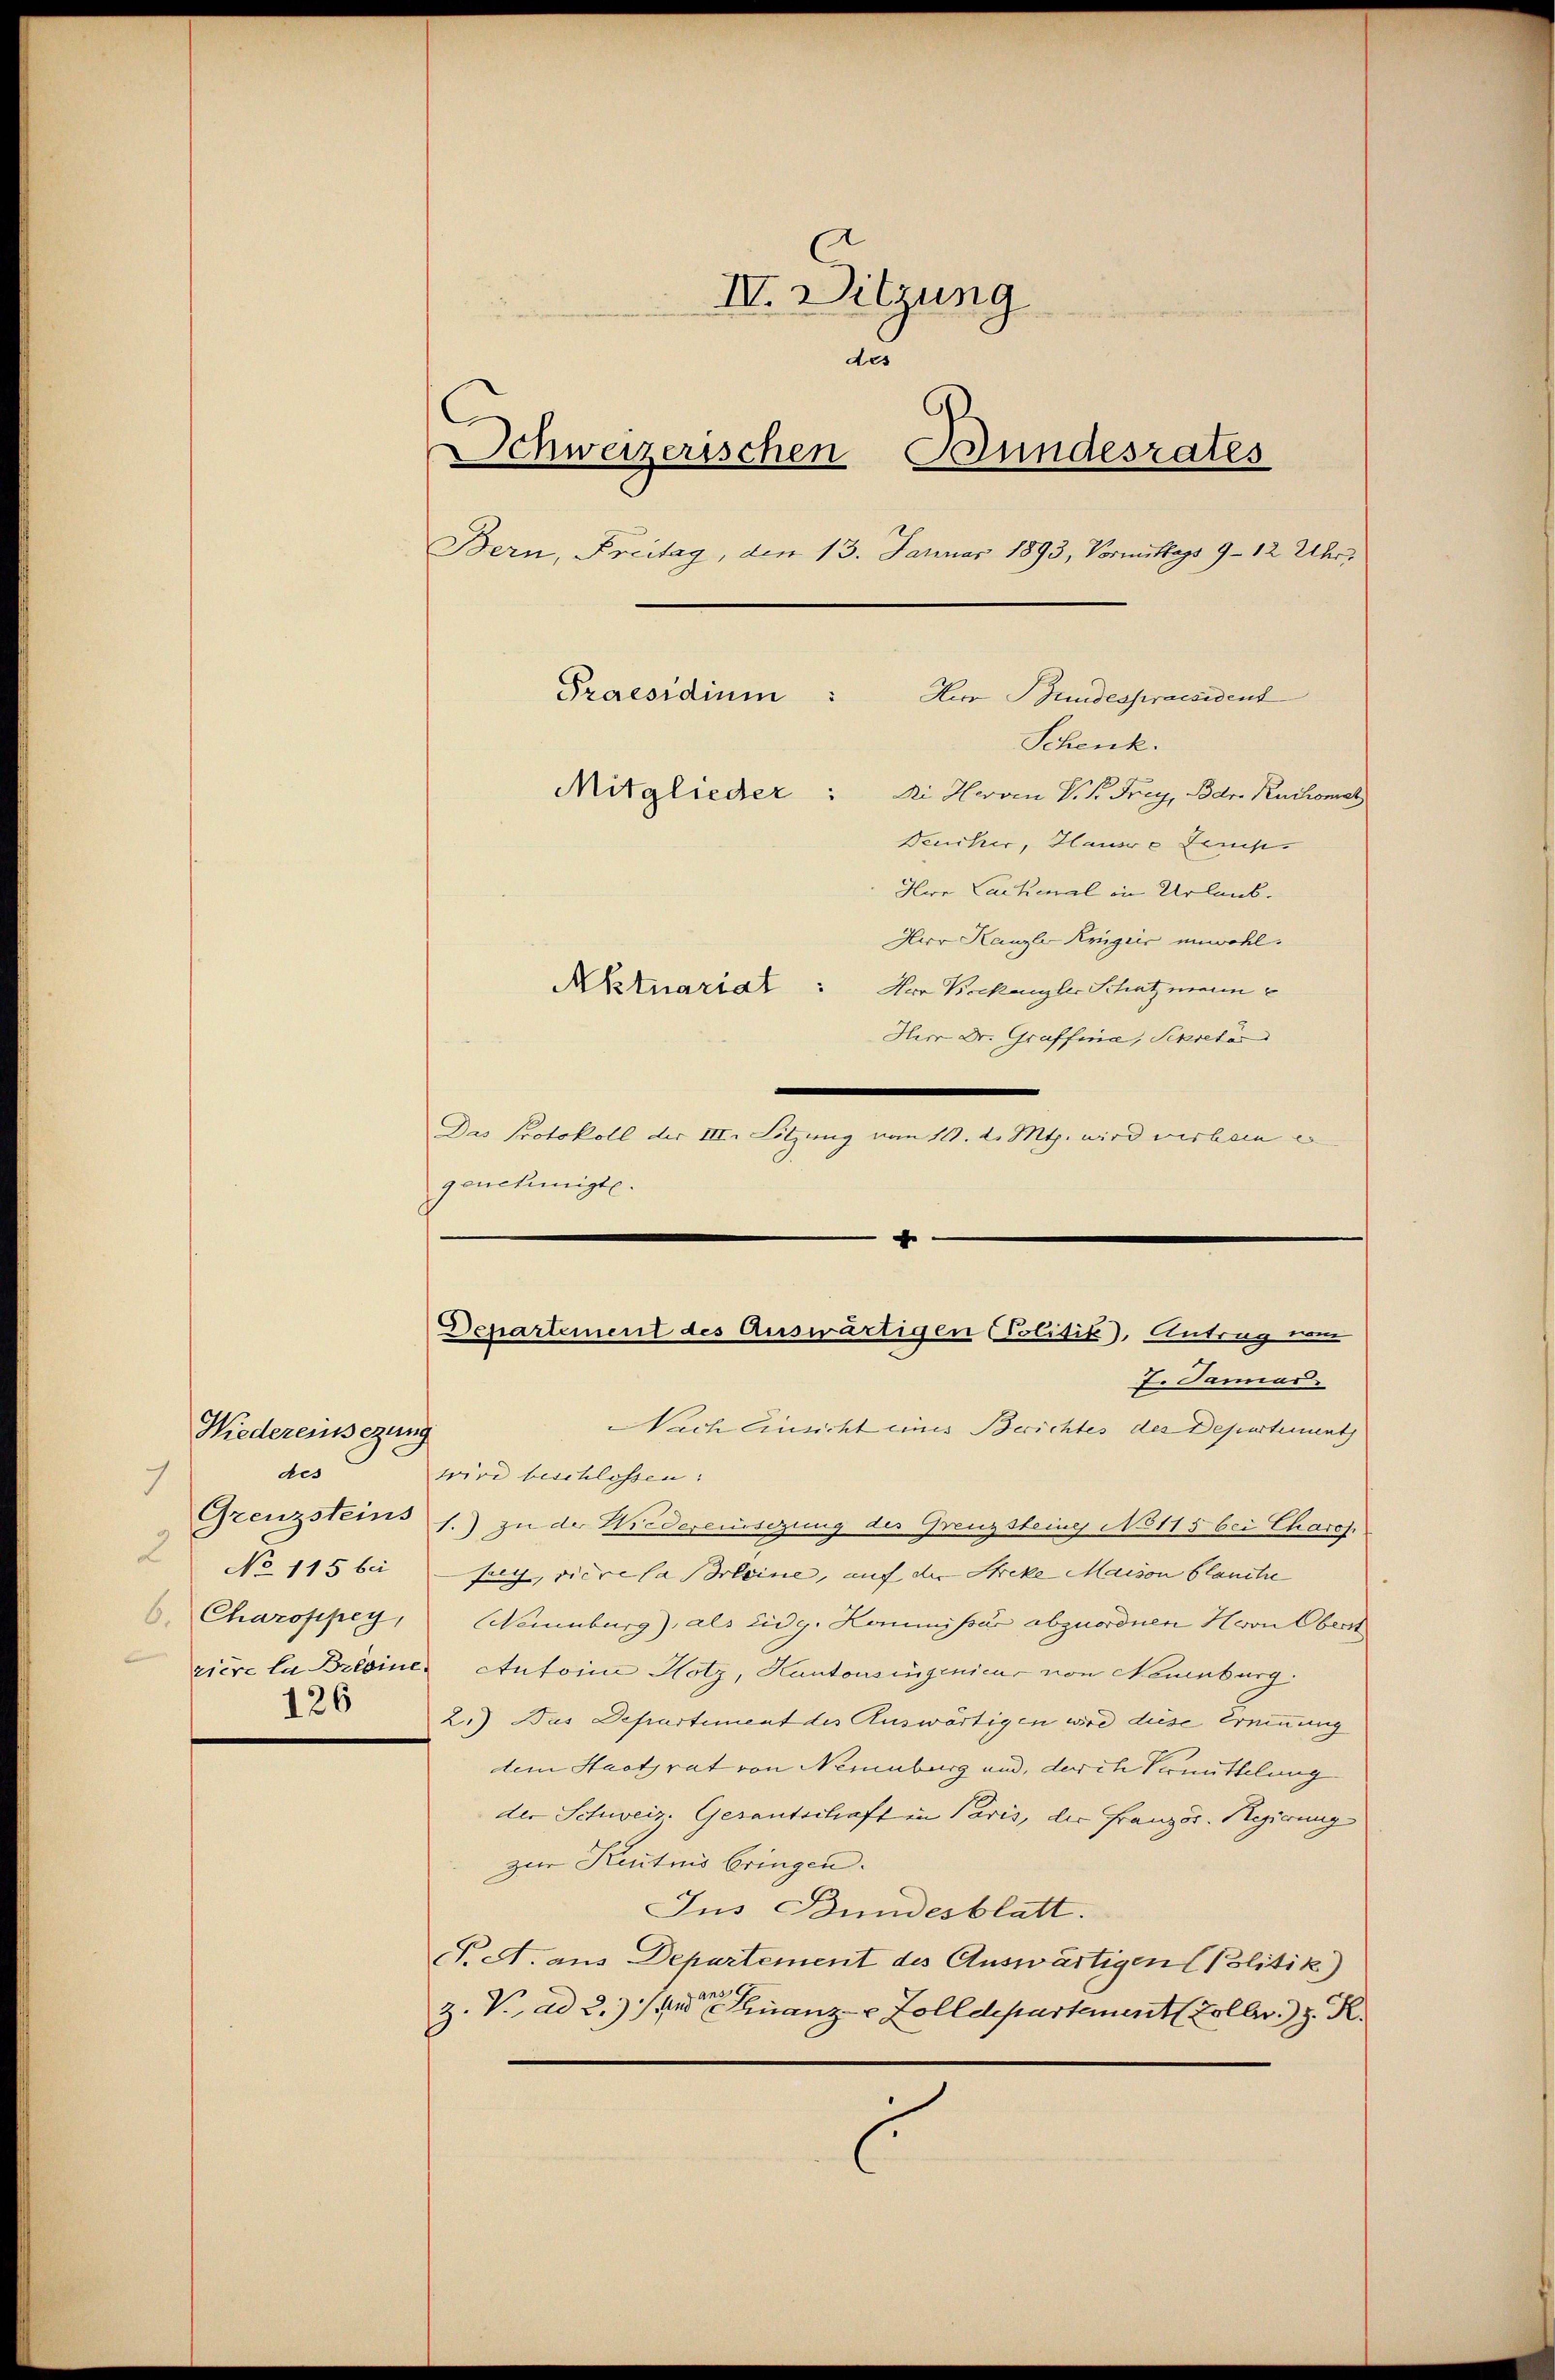
Niedereinsezung
des
7
 No 115 bei
126

IV. Sitzung
u
Schweizerischen Bundesrates
Bern, Freitag, den 13. Januar 1893, Vormittags 9 - 12 Uhr,
Praesidium
Schenk.
Mitglieder: Di Herren V. P. Frey, Bar. Ruckomal
Deucher, Hause temp
Hwe Cachenal in Urlaub.
Herr Kanzle Krigiis unwohl.
Aktuariat: Hr. Beckengler Schatzmann
Herr Dr. Graffina, Secretär
.

Das Protokoll der III. Litzung vom 10. d. Mts. wird verben e
genehmigte.
e

Herr Bundespraesident

Departement des Auswärtigen Politik. Antrag vom
Er Samar.

Nach Einsicht eines Berichtes des Departement
wird beschlossen:
Grenzsteins 1.) zu der Wiedereinsezung der Grenzsteine No 115 bei Charof.
soch, viere la seine, auf der Streke Maison blauche
6. Charospey, Naumburg), als Eidg. Kommissar abzuordnen Herrn Oberst
zière la Brisine Antoine Hotz, Kantonsingenieur von Neuenburg.
2.) Das Departement des Auswärtigen wird diese Erninung
dem Staatsrat von Neuenburg und, der ch Vermittelung
der Schweiz. Gerantschaft in Paris, der Französ. Regierung
zur Kentnis bringen.
Jus Bundesblatt.
. A. aus Departement des Auswärtigen Politik)
Z. V. ad 2.) die Finanz- & Zolldepartement Koller z. R.